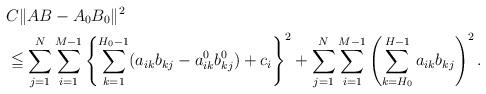
LaTeX: \begin{align*}&C \| AB-A_0 B_0 \|^2 \\&\leqq \sum_{j=1}^N \sum_{i=1}^{M-1} \left\{ \sum_{k=1}^{H_0-1} (a_{ik}b_{kj}-a^0_{ik}b^0_{kj}) + c_i \right\}^2 + \sum_{j=1}^N \sum_{i=1}^{M-1} \left( \sum_{k=H_0}^{H-1} a_{ik}b_{kj} \right)^2.\end{align*}